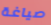
صياغة